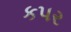
કપર